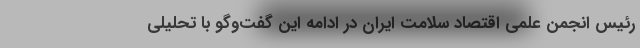
رئیس انجمن علمی اقتصاد سلامت ایران در ادامه این گفت‌وگو با تحلیلی